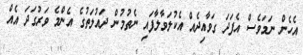
އެހެން ނަމަވެސް އެފަދަ ގަވާއިދެއް އެކުލަވާލާފައި ނެތުމުން ދައުލަތުގެ އެންމެ ވަރުގަދަ އެއް